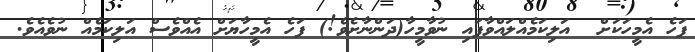
ފަހެ އެމީހަކަށް  އަލިކަމެއްލައްވާފައި ނުވާމީހާ(ދަންނާށެވެ!) ފަހެ އެމީހާޔަށް އެއްވެސް އަލިކަމެއް ނުވެއެވެ.